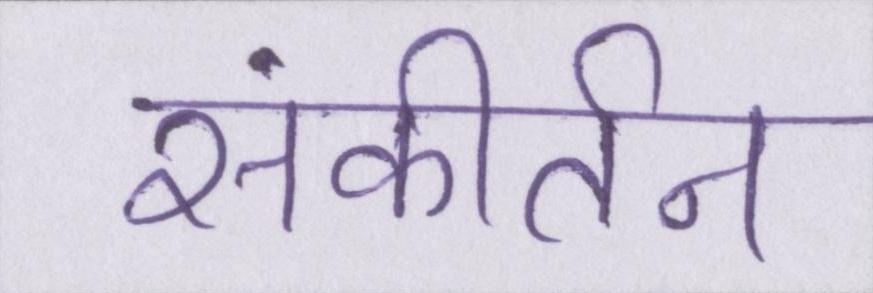
संकीर्तन